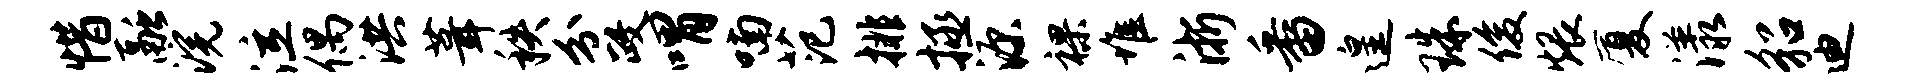
惜融浣泣偶洪葺秩分政喟喃范排拯源裸堆浙番遑珠俊煨厦漾貂迪